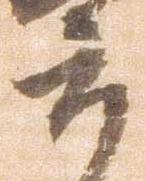
郎